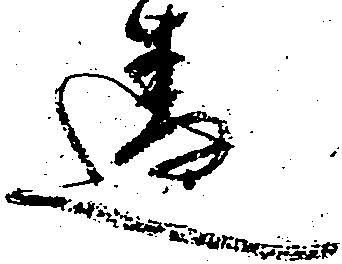
違